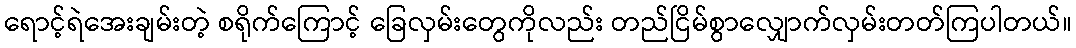
ရောင့်ရဲအေးချမ်းတဲ့ စရိုက်ကြောင့် ခြေလှမ်းတွေကိုလည်း တည်ငြိမ်စွာလျှောက်လှမ်းတတ်ကြပါတယ်။